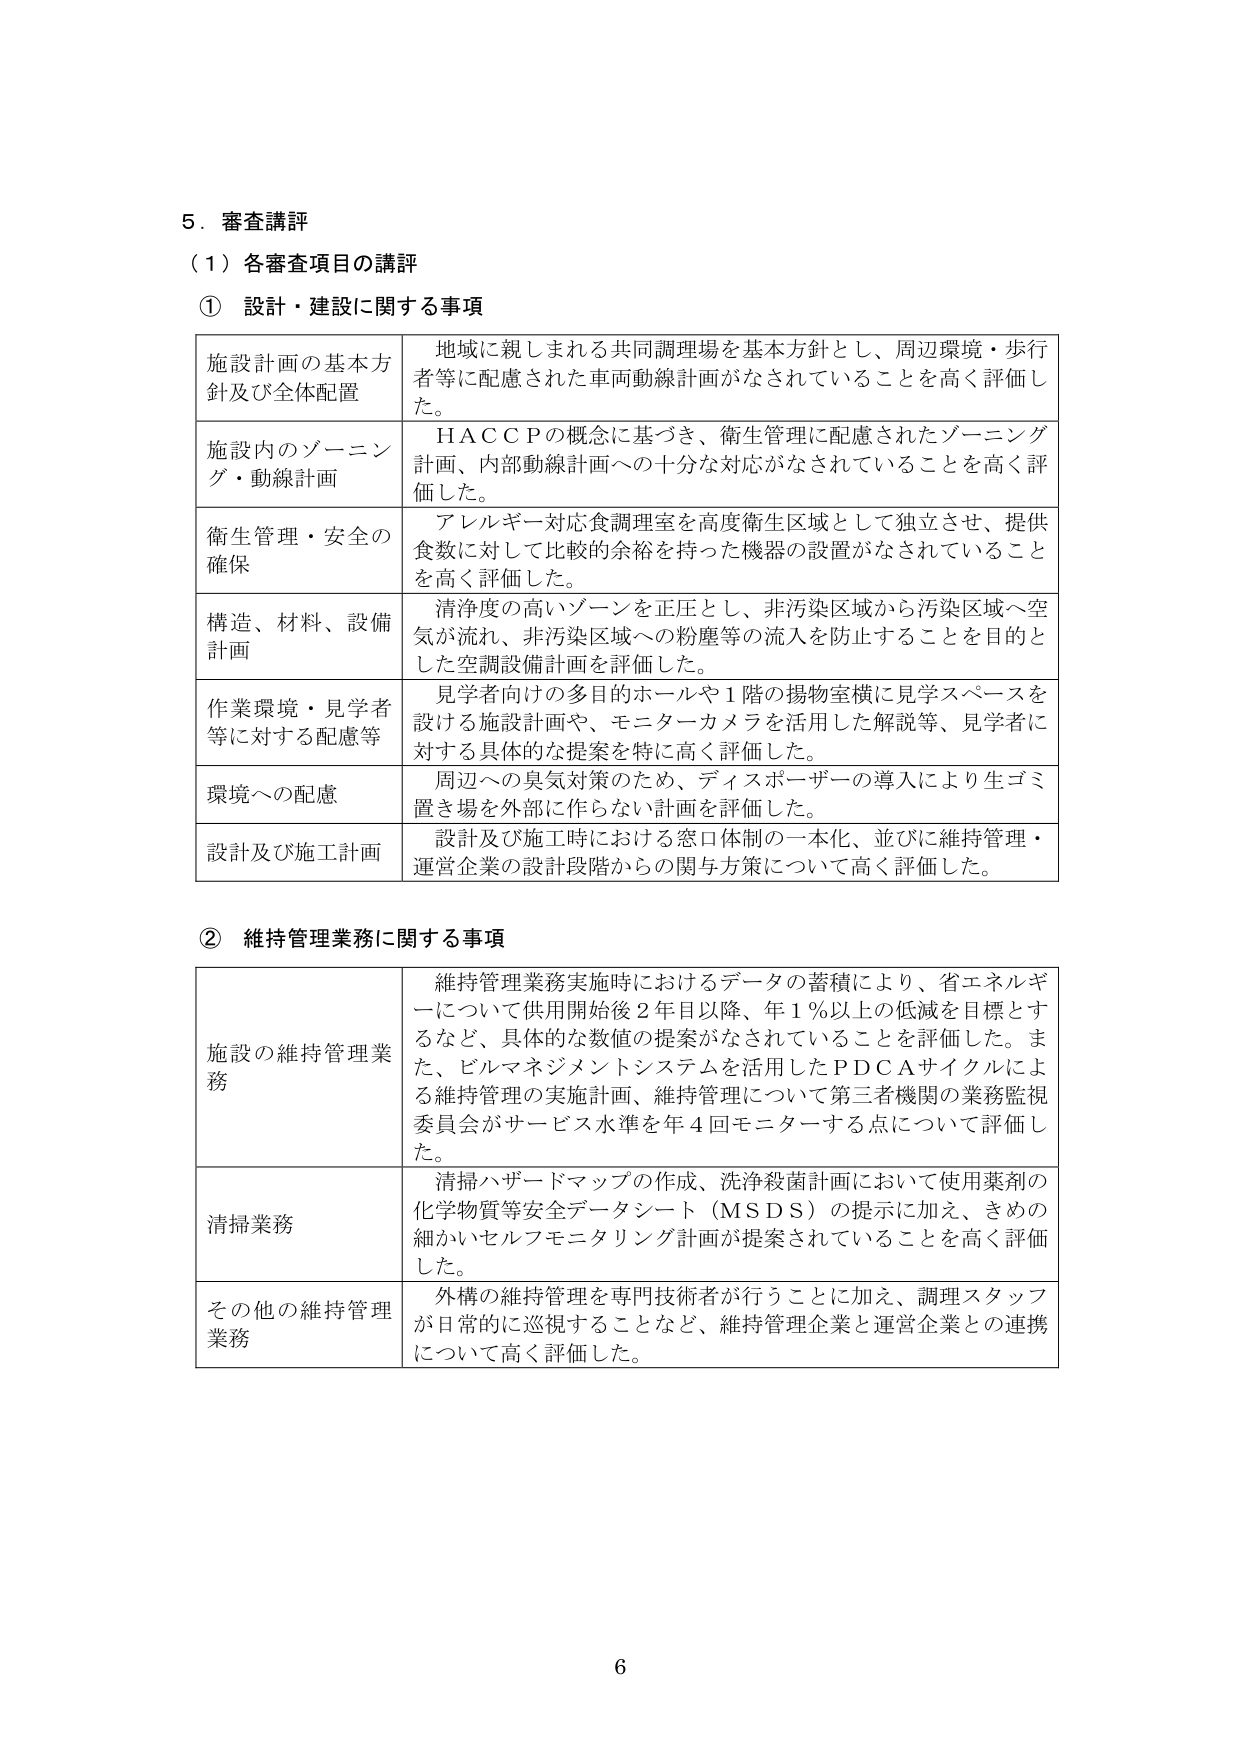
5．審査講評
（1）各審査項目の講評

① 設計・建設に関する事項

施設計画の基本方針及び全体配置　地域に親しまれる共同調理場を基本方針とし、周辺環境・歩行者等に配慮された車両動線計画がなされていることを高く評価した。

施設内のゾーニング・動線計画　ＨＡＣＣＰの概念に基づき、衛生管理に配慮されたゾーニング計画、内部動線計画への十分な対応がなされていることを高く評価した。

衛生管理・安全の確保　アレルギー対応食調理室を高度衛生区域として独立させ、提供食数に対して比較的余裕を持った機器の設置がなされていることを高く評価した。

構造、材料、設備計画　清浄度の高いゾーンを正圧とし、非汚染区域から汚染区域へ空気が流れ、非汚染区域への粉塵等の流入を防止することを目的とした空調設備計画を評価した。

作業環境・見学者等に対する配慮等　見学者向けの多目的ホールや1階の揚物室横に見学スペースを設ける施設計画や、モニターカメラを活用した解説等、見学者に対する具体的な提案を特に高く評価した。

環境への配慮　周辺への臭気対策のため、ディスポーザーの導入により生ゴミ置き場を外部に作らない計画を評価した。

設計及び施工計画　設計及び施工時における窓口体制の一本化、並びに維持管理・運営企業の設計段階からの関与方策について高く評価した。

② 維持管理業務に関する事項

施設の維持管理業務　維持管理業務実施時におけるデータの蓄積により、省エネルギーについて供用開始後2年目以降、年1％以上の低減を目標とするなど、具体的な数値の提案がなされていることを評価した。また、ビルマネジメントシステムを活用したＰＤＣＡサイクルによる維持管理の実施計画、維持管理について第三者機関の業務監視委員会がサービス水準を年4回モニターする点について評価した。

清掃業務　清掃ハザードマップの作成、洗浄殺菌計画において使用薬剤の化学物質等安全データシート（ＭＳＤＳ）の提示に加え、きめの細かいセルフモニタリング計画が提案されていることを高く評価した。

その他の維持管理業務　外構の維持管理を専門技術者が行うことに加え、調理スタッフが日常的に巡視することなど、維持管理企業と運営企業との連携について高く評価した。

6